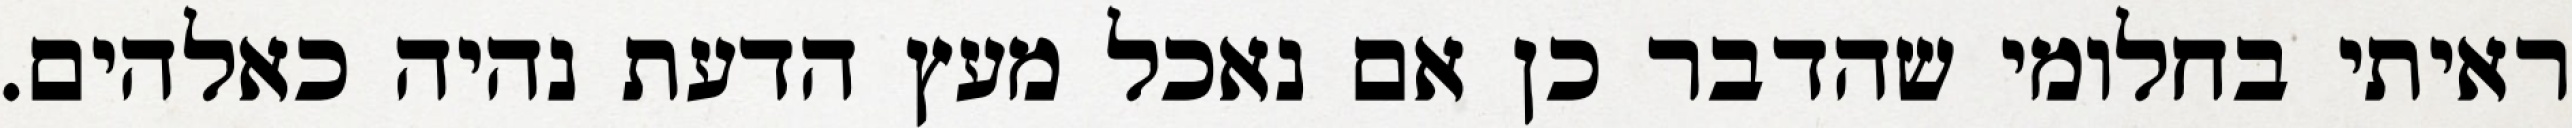
ראיתי בחלומי שהדבר כן אם נאכל מעץ הדעת נהיה כאלהים.